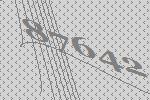
87642